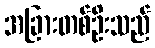
အခြားတစ်ဦးသည်